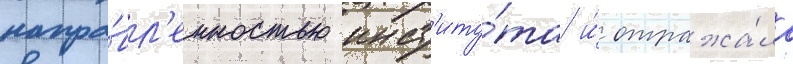
напра́вл'енностью инст'иту́та и́ отража́ла